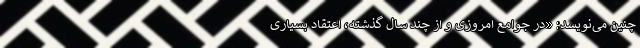
چنین می‌نویسد: «در جوامع امروزی و از چند سال گذشته، اعتقاد بسیاری